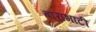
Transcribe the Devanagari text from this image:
बाराभाटी